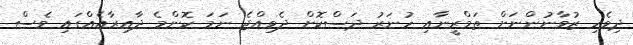
ދިވެހި ޒުވާނުންނަށް ތަމްރީނާއި ހުނަރު ދަސްކޮށް ދެވިއްޖެ ނަމަ ކޮންމެ ދާއިރާއެއްގައި ވެސް